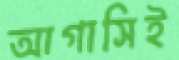
আগাসিই